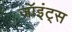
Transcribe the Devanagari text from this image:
जॉइंट्स